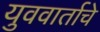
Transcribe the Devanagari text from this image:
युववार्ताचे